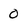
Character: 0